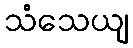
သံသေယျ